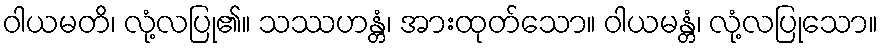
ဝါယမတိ၊ လုံ့လပြု၏။ သဿဟန္တံ၊ အားထုတ်သော။ ဝါယမန္တံ၊ လုံ့လပြုသော။